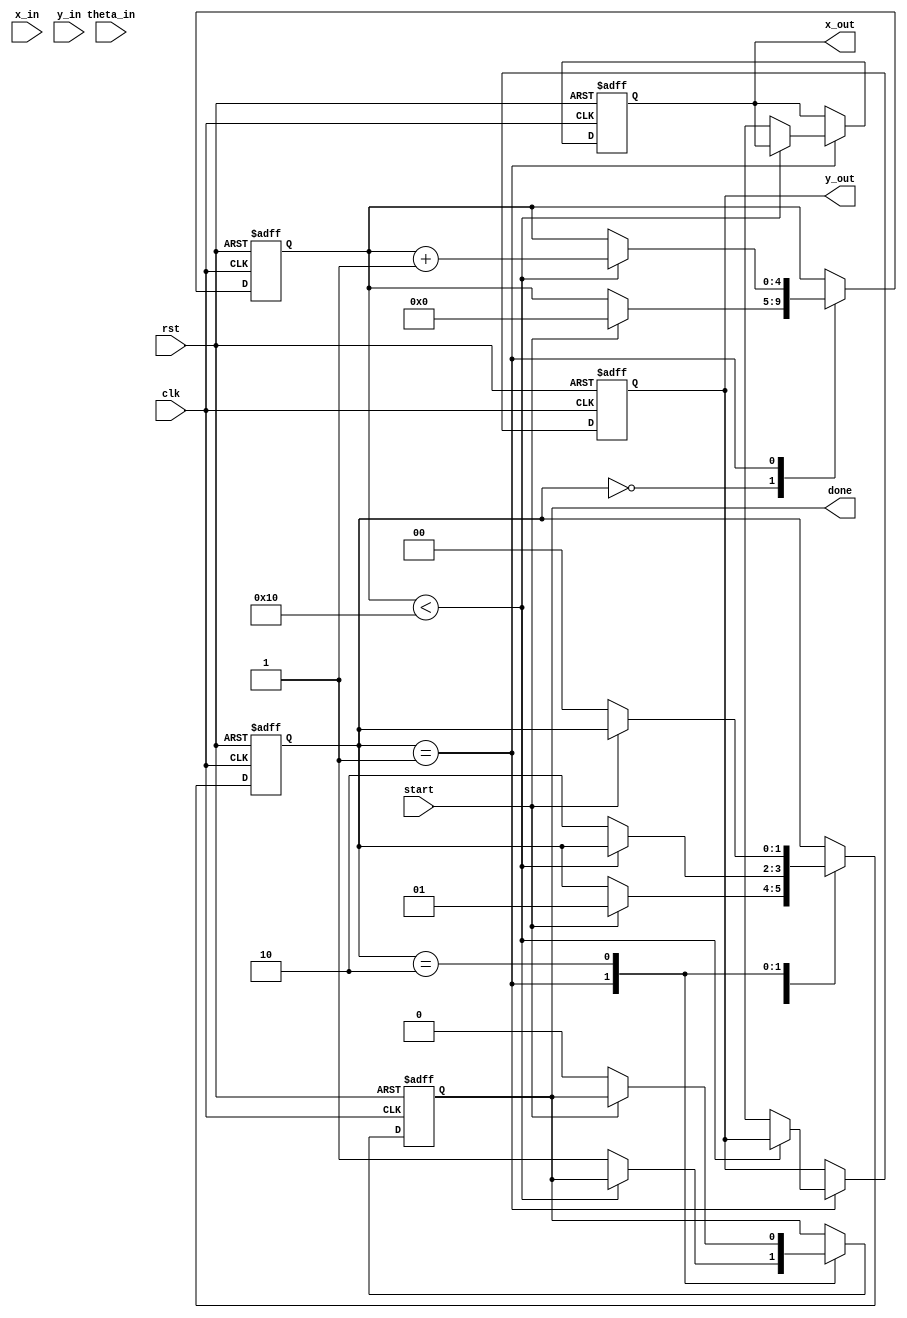
module cordic_fp (
    input wire clk,
    input wire rst,
    input wire start,
    input wire [31:0] x_in, // IEEE 754 single precision
    input wire [31:0] y_in, // IEEE 754 single precision
    input wire [31:0] theta_in, // Angle in radians (IEEE 754)
    output reg [31:0] x_out, // Resulting x (cosine)
    output reg [31:0] y_out, // Resulting y (sine)
    output reg done
);

    // CORDIC parameters
    parameter NUM_ITERATIONS = 16; // Number of iterations for precision
    reg [31:0] x [0:NUM_ITERATIONS-1];
    reg [31:0] y [0:NUM_ITERATIONS-1];
    reg [31:0] theta [0:NUM_ITERATIONS-1];
    reg [NUM_ITERATIONS-1:0] angle_table [0:NUM_ITERATIONS-1]; // atan(2^-i) values
    reg [4:0] iteration;
    reg [1:0] state;

    // State machine states
    localparam IDLE = 2'b00;
    localparam PROCESS = 2'b01;
    localparam DONE = 2'b10;

    // Initialize angle table (in fixed-point representation)
    initial begin
        angle_table[0] = 32'h3F000000; // atan(1) = 45 degrees
        angle_table[1] = 32'h3E2AAAAB; // atan(0.5) = 26.565 degrees
        angle_table[2] = 32'h3D89EFB8; // atan(0.25) = 14.036 degrees
        // ... Fill in the rest of the angle values
    end

    // CORDIC iterative engine
    always @(posedge clk or posedge rst) begin
        if (rst) begin
            x_out <= 32'b0;
            y_out <= 32'b0;
            done <= 1'b0;
            iteration <= 0;
            state <= IDLE;
        end else begin
            case (state)
                IDLE: begin
                    if (start) begin
                        // Normalize inputs
                        x[0] <= x_in;
                        y[0] <= y_in;
                        theta[0] <= theta_in;
                        iteration <= 0;
                        state <= PROCESS;
                    end
                end

                PROCESS: begin
                    if (iteration < NUM_ITERATIONS) begin
                        // CORDIC rotation logic
                        if (theta[iteration] < 0) begin
                            // Rotate clockwise
                            x[iteration + 1] <= x[iteration] + (y[iteration] >> iteration);
                            y[iteration + 1] <= y[iteration] - (x[iteration] >> iteration);
                            theta[iteration + 1] <= theta[iteration] + angle_table[iteration];
                        end else begin
                            // Rotate counter-clockwise
                            x[iteration + 1] <= x[iteration] - (y[iteration] >> iteration);
                            y[iteration + 1] <= y[iteration] + (x[iteration] >> iteration);
                            theta[iteration + 1] <= theta[iteration] - angle_table[iteration];
                        end
                        iteration <= iteration + 1;
                    end else begin
                        // Final output
                        x_out <= x[NUM_ITERATIONS];
                        y_out <= y[NUM_ITERATIONS];
                        done <= 1'b1;
                        state <= DONE;
                    end
                end

                DONE: begin
                    if (!start) begin
                        done <= 1'b0;
                        state <= IDLE;
                    end
                end
            endcase
        end
    end
endmodule